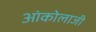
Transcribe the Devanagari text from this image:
आंकोलाजी